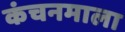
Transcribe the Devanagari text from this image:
कंचनमाला